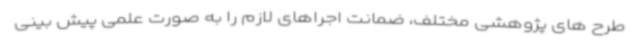
طرح های پژوهشی مختلف، ضمانت اجراهای لازم را به صورت علمی پیش بینی